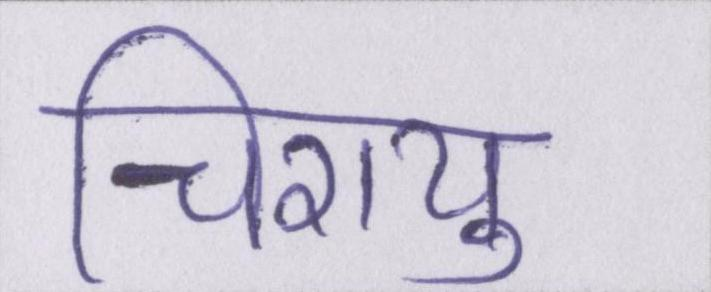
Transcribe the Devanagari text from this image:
चिरायु